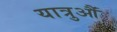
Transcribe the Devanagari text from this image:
यात्रुऔं